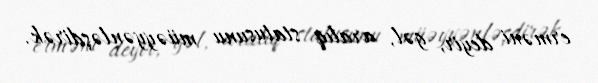
erməni deyir, gəl, aralıq statusunu müəyyənləşdirək.